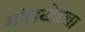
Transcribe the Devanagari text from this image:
गंगाखेडला